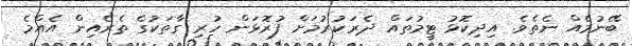
ބޭނުމެއް ނެތެވެ. އިދިކޮޅު ޓީމުތައް ދެރަކުރުމަށް ފުރޮޅަން ހުރި ގާތަކުގެ ތެރެއިން އެއްމެ